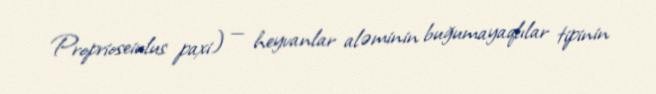
Proprioseiulus paxi) — heyvanlar aləminin buğumayaqlılar tipinin